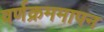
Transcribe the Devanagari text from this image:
वर्णक्रममापन